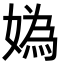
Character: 媯